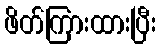
ဖိတ်ကြားထားပြီး